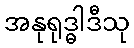
အနုရုဒ္ဓါဒီသု